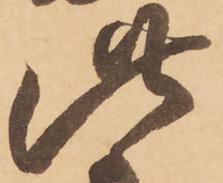
此